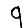
Digit: 9